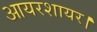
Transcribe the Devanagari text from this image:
आयरशायर।